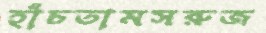
হাঁচতামসরুজ